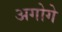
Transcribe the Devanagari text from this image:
अगोगे